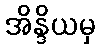
အိန္ဒိယမှ